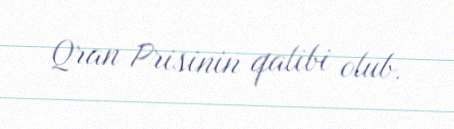
Qran Prisinin qalibi olub.